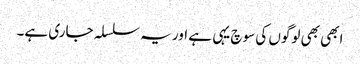
ابھی بھی لوگوں کی سوچ یہی ہے اور یہ سلسلہ جاری ہے۔